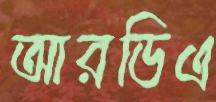
আরডিএ